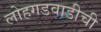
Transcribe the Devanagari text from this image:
लोहगडवाडीची